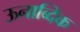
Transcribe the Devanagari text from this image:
ऊनाब्दिक